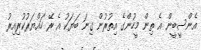
އެންސީބީން އެ ތިން މީހުންގެ އިތުރުން ގިނަ ބަޔަކު އެ ރޭ ހައްޔަރުކުރިއިރު